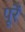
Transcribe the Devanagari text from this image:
पूरें